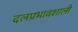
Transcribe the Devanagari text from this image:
दलप्रभावशाली